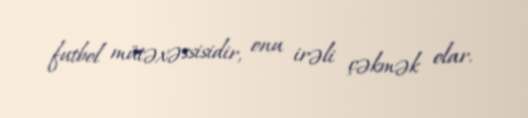
futbol mütəxəssisidir, onu irəli çəkmək olar.